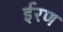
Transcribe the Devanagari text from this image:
ईरण